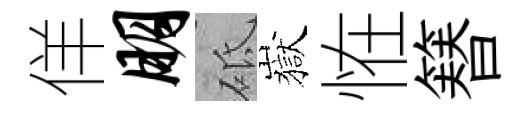
佯朋砥嶽恠簮